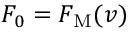
F _ { 0 } = F _ { \mathrm { M } } ( v )